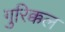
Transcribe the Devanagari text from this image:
गुरिक्कल